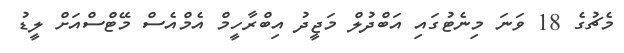
މެޗުގެ 18 ވަނަ މިނެޓުގައި އަބްދުލް މަޖީދު އިބްރާހީމް އެމްއެސް މޭޓްސްއަށް ލީޑު